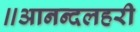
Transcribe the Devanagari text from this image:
॥आनन्दलहरी